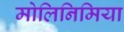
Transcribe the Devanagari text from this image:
मोलिनिमिया